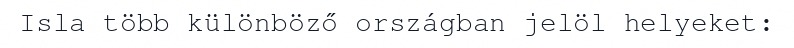
Isla több különböző országban jelöl helyeket: